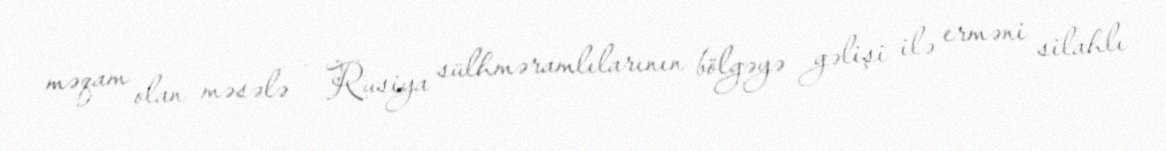
məqam olan məsələ - Rusiya sülhməramlılarının bölgəyə gəlişi ilə erməni silahlı